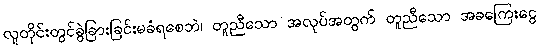
လူတိုင်းတွင်ခွဲခြားခြင်းမခံရစေဘဲ၊ တူညီသော အလုပ်အတွက် တူညီသော အခကြေးငွေ